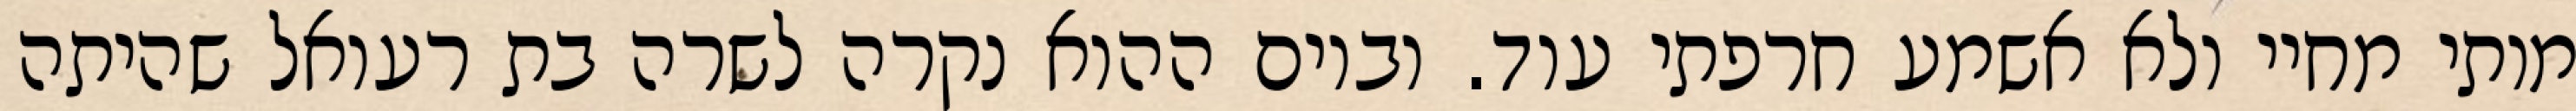
מותי מחיי ולא אשמע חרפתי עוד. וביום ההוא נקרה לשרה בת רעואל שהיתה